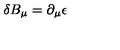
\delta B _ { \mu } = \partial _ { \mu } \epsilon